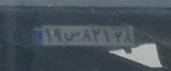
۱۹س۸۲۱۳۸